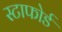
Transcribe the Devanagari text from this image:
स्टाफोर्ड